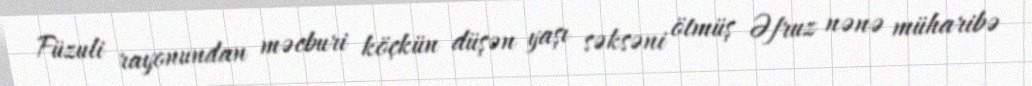
Füzuli rayonundan məcburi köçkün düşən yaşı səksəni ötmüş Əfruz nənə müharibə